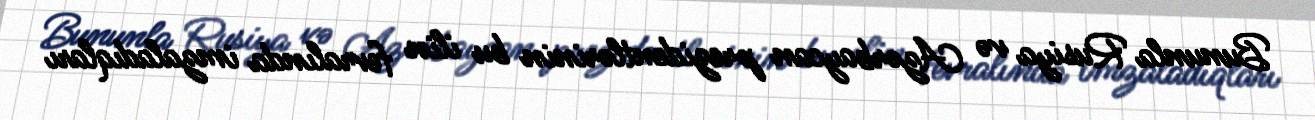
Bununla Rusiya və Azərbaycan prezidentlərinin bu ilin fevralında imzaladıqları